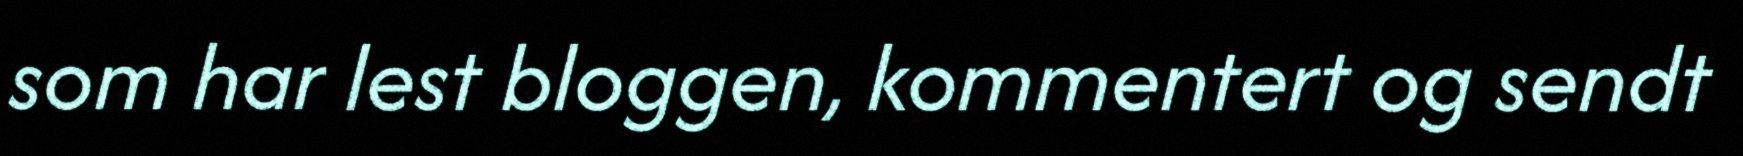
som har lest bloggen, kommentert og sendt